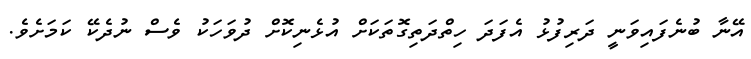
އޭނާ ބުނެފައިވަނީ ދަރިފުޅު އެފަދަ ހިތްދަތިގޮތަކަށް އުޅެނިކޮށް ދުވަހަކު ވެސް ނުދެކޭ ކަމަށެވެ.